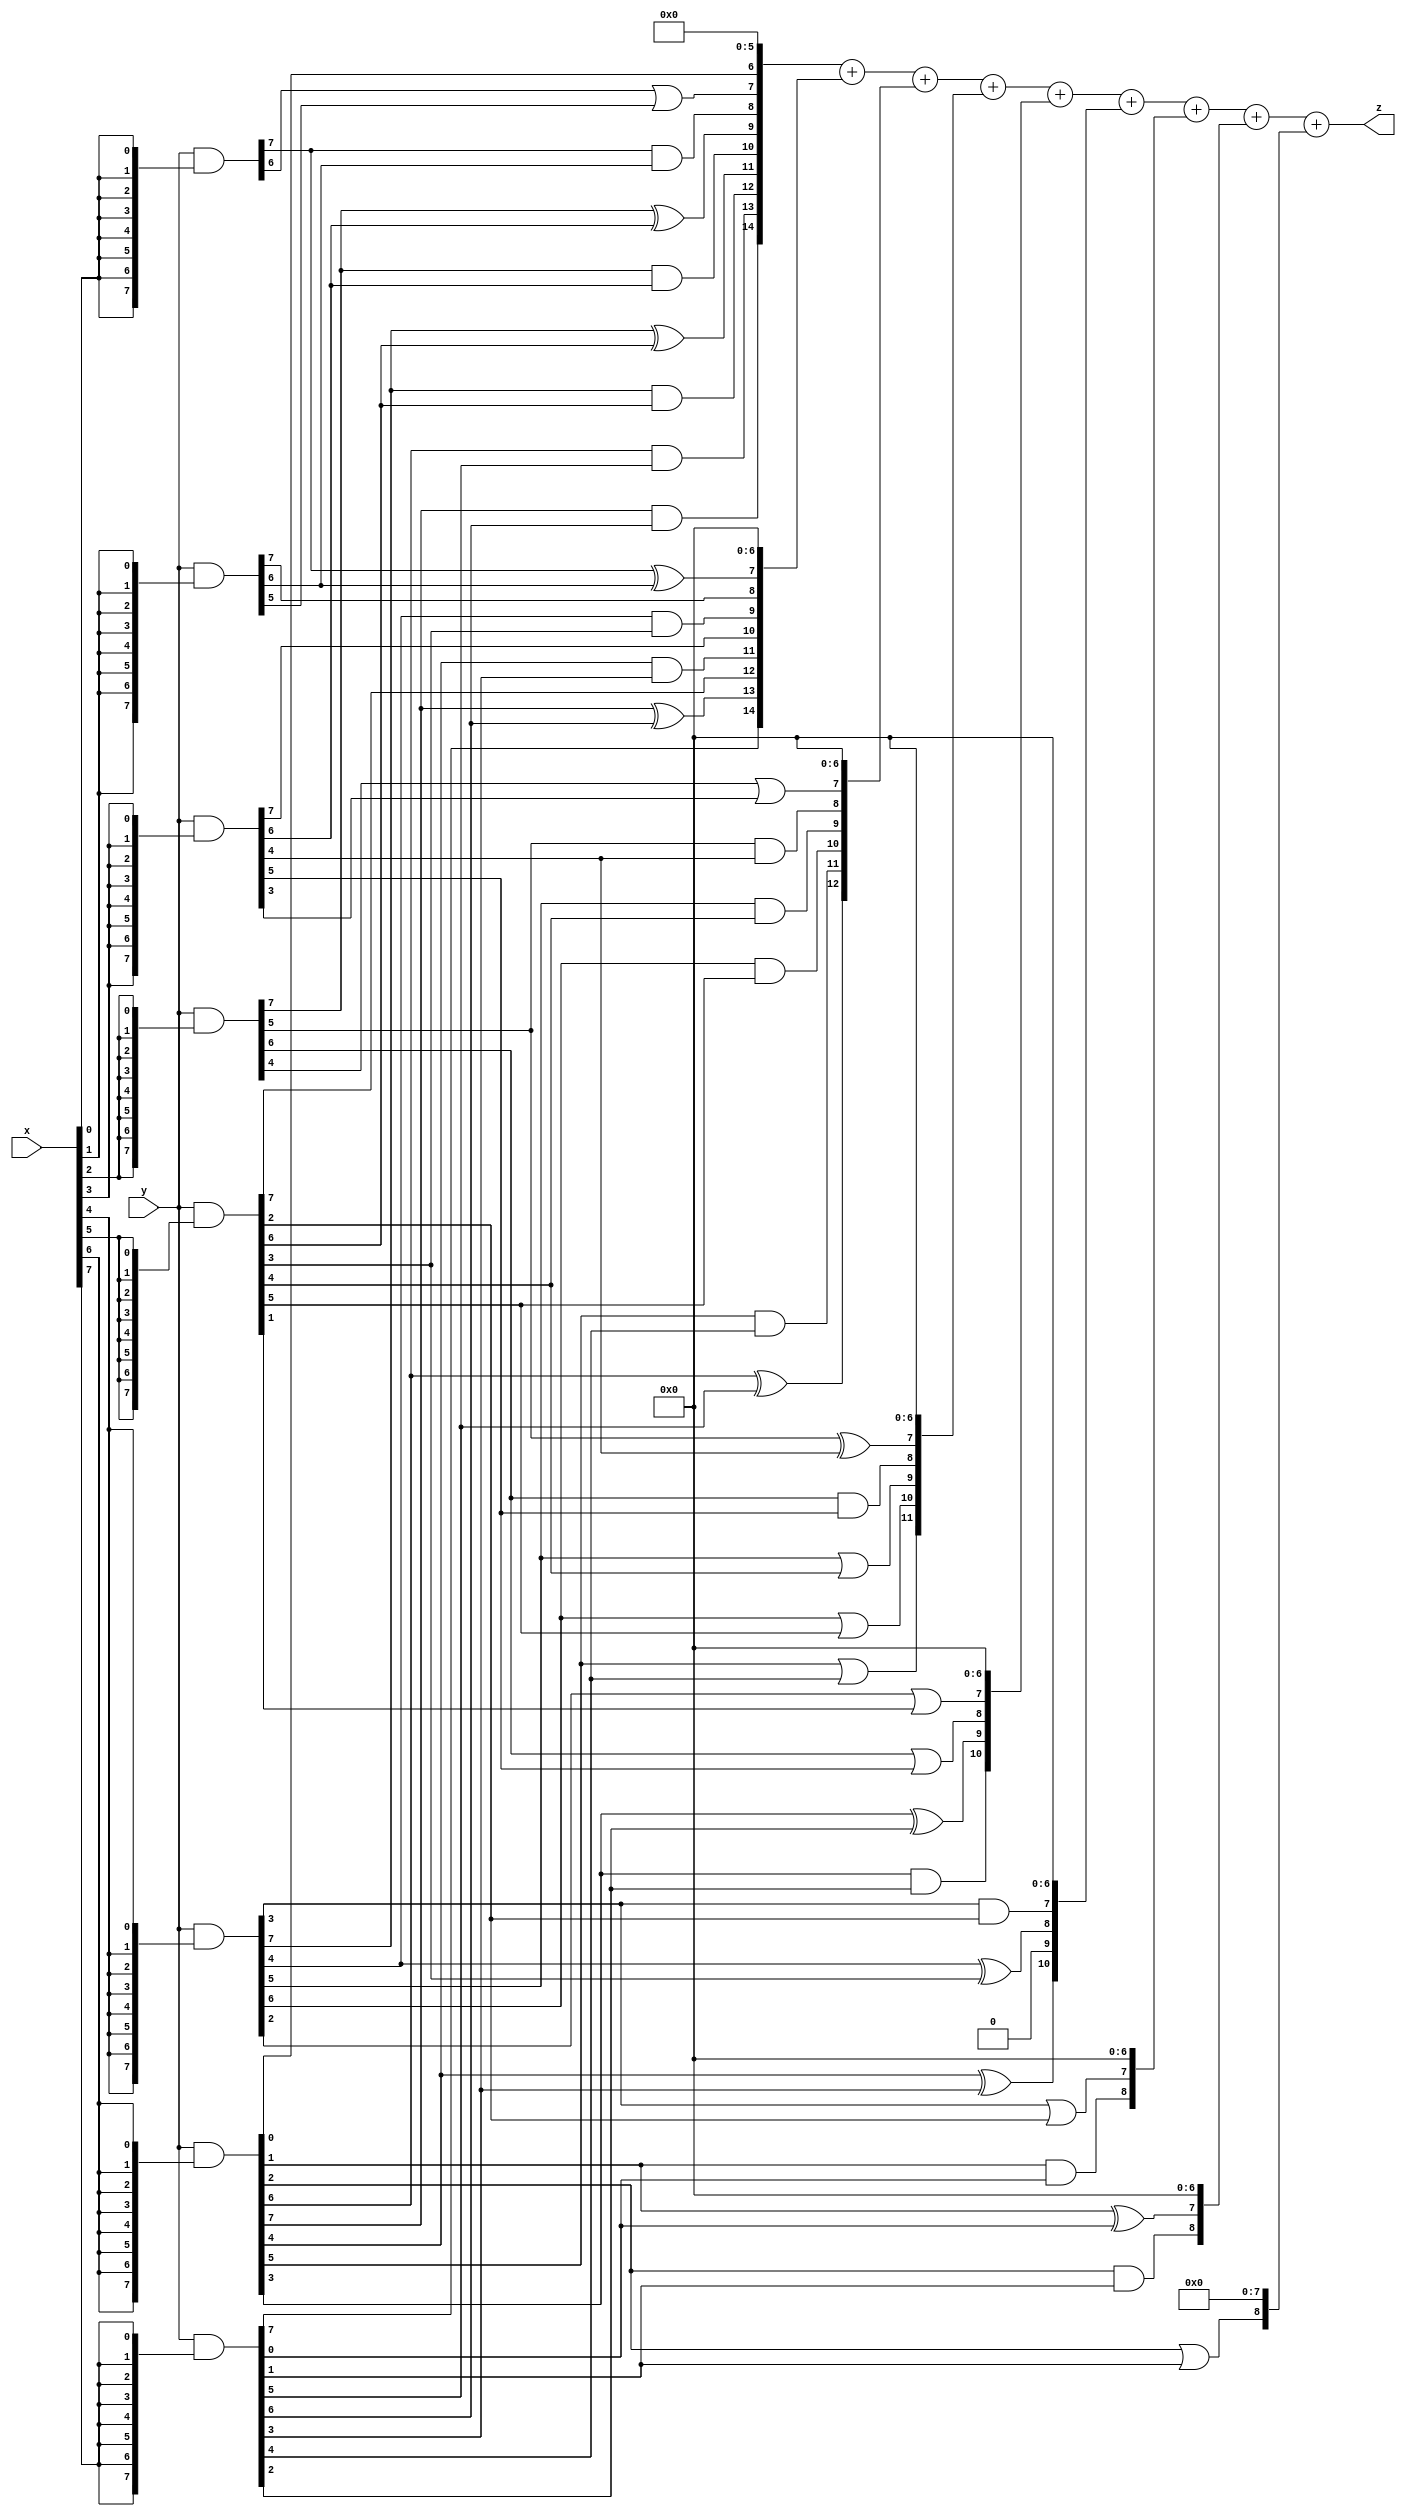
// terms: 40
// fval:  43734.25

module unsigned_8x8_l8_lamb1000_2 (
	input [7:0] x,
	input [7:0] y,
	output [15:0] z
);


wire [7:0] part1 =  y & {8{x[0]}};
wire [7:0] part2 =  y & {8{x[1]}};
wire [7:0] part3 =  y & {8{x[2]}};
wire [7:0] part4 =  y & {8{x[3]}};
wire [7:0] part5 =  y & {8{x[4]}};
wire [7:0] part6 =  y & {8{x[5]}};
wire [7:0] part7 =  y & {8{x[6]}};
wire [7:0] part8 =  y & {8{x[7]}};

wire [14:0] new_part1;
assign new_part1[0] = 0;
assign new_part1[1] = 0;
assign new_part1[2] = 0;
assign new_part1[3] = 0;
assign new_part1[4] = 0;
assign new_part1[5] = 0;
assign new_part1[6] = part7[0];
assign new_part1[7] = part1[6] | part2[5];
assign new_part1[8] = part1[7] & part2[6];
assign new_part1[9] = part3[7] ^ part4[6];
assign new_part1[10] = part3[7] & part4[6];
assign new_part1[11] = part5[7] ^ part6[6];
assign new_part1[12] = part5[7] & part6[6];
assign new_part1[13] = part7[6] & part8[5];
assign new_part1[14] = part7[7] & part8[6];

wire [14:0] new_part2;
assign new_part2[0] = 0;
assign new_part2[1] = 0;
assign new_part2[2] = 0;
assign new_part2[3] = 0;
assign new_part2[4] = 0;
assign new_part2[5] = 0;
assign new_part2[6] = 0;
assign new_part2[7] = part1[7] ^ part2[6];
assign new_part2[8] = part2[7];
assign new_part2[9] = part5[4] & part6[3];
assign new_part2[10] = part4[7];
assign new_part2[11] = part7[4] & part8[3];
assign new_part2[12] = part6[7];
assign new_part2[13] = part7[7] ^ part8[6];
assign new_part2[14] = part8[7];

wire [12:0] new_part3;
assign new_part3[0] = 0;
assign new_part3[1] = 0;
assign new_part3[2] = 0;
assign new_part3[3] = 0;
assign new_part3[4] = 0;
assign new_part3[5] = 0;
assign new_part3[6] = 0;
assign new_part3[7] = part3[4] | part4[3];
assign new_part3[8] = part3[5] & part4[4];
assign new_part3[9] = part5[5] & part6[4];
assign new_part3[10] = part5[6] & part6[5];
assign new_part3[11] = part7[5] & part8[4];
assign new_part3[12] = part7[6] ^ part8[5];

wire [11:0] new_part4;
assign new_part4[0] = 0;
assign new_part4[1] = 0;
assign new_part4[2] = 0;
assign new_part4[3] = 0;
assign new_part4[4] = 0;
assign new_part4[5] = 0;
assign new_part4[6] = 0;
assign new_part4[7] = part3[5] ^ part4[4];
assign new_part4[8] = part3[6] & part4[5];
assign new_part4[9] = part5[5] | part6[4];
assign new_part4[10] = part5[6] | part6[5];
assign new_part4[11] = part7[5] | part8[4];

wire [10:0] new_part5;
assign new_part5[0] = 0;
assign new_part5[1] = 0;
assign new_part5[2] = 0;
assign new_part5[3] = 0;
assign new_part5[4] = 0;
assign new_part5[5] = 0;
assign new_part5[6] = 0;
assign new_part5[7] = part5[2] | part6[1];
assign new_part5[8] = part3[6] | part4[5];
assign new_part5[9] = part7[3] ^ part8[2];
assign new_part5[10] = part7[3] & part8[2];

wire [10:0] new_part6;
assign new_part6[0] = 0;
assign new_part6[1] = 0;
assign new_part6[2] = 0;
assign new_part6[3] = 0;
assign new_part6[4] = 0;
assign new_part6[5] = 0;
assign new_part6[6] = 0;
assign new_part6[7] = part5[3] & part6[2];
assign new_part6[8] = part5[4] ^ part6[3];
assign new_part6[9] = 0;
assign new_part6[10] = part7[4] ^ part8[3];

wire [8:0] new_part7;
assign new_part7[0] = 0;
assign new_part7[1] = 0;
assign new_part7[2] = 0;
assign new_part7[3] = 0;
assign new_part7[4] = 0;
assign new_part7[5] = 0;
assign new_part7[6] = 0;
assign new_part7[7] = part5[3] | part6[2];
assign new_part7[8] = part7[1] & part8[0];

wire [8:0] new_part8;
assign new_part8[0] = 0;
assign new_part8[1] = 0;
assign new_part8[2] = 0;
assign new_part8[3] = 0;
assign new_part8[4] = 0;
assign new_part8[5] = 0;
assign new_part8[6] = 0;
assign new_part8[7] = part7[1] ^ part8[0];
assign new_part8[8] = part7[2] & part8[1];

wire [8:0] new_part9;
assign new_part9[0] = 0;
assign new_part9[1] = 0;
assign new_part9[2] = 0;
assign new_part9[3] = 0;
assign new_part9[4] = 0;
assign new_part9[5] = 0;
assign new_part9[6] = 0;
assign new_part9[7] = 0;
assign new_part9[8] = part7[2] | part8[1];

assign z = new_part1 + new_part2 + new_part3 + new_part4 + new_part5 + new_part6 + new_part7 + new_part8 + new_part9;
endmodule